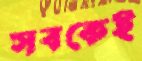
সবকেই